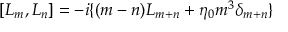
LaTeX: [ L _ { m } , L _ { n } ] = - i \{ ( m - n ) L _ { m + n } + \eta _ { 0 } m ^ { 3 } \delta _ { m + n } \}